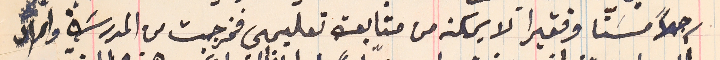
رجلاً مسناً وفقيرا لا يمكنه من متابعة تعليمي فخرجت من المدرسَة واراد